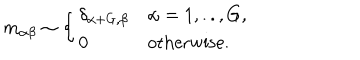
LaTeX: m _ { \alpha \beta } \sim \left\{ \begin{array} { l l } { { \delta _ { \alpha + G , \beta } } } & { { \alpha = 1 , . . , G , } } \\ { { 0 } } & { { \textrm { o t h e r w i s e } . } } \\ \end{array} \right.